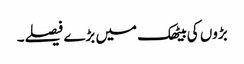
بڑوں کی بیٹھک میں بڑے فیصلے۔